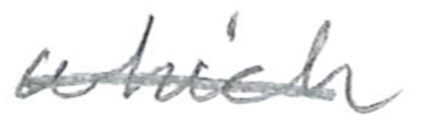
Text: which
Cross-out: single-line
Writing tool: pencil